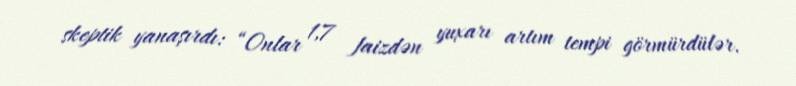
skeptik yanaşırdı: “Onlar 1,7 faizdən yuxarı artım tempi görmürdülər.